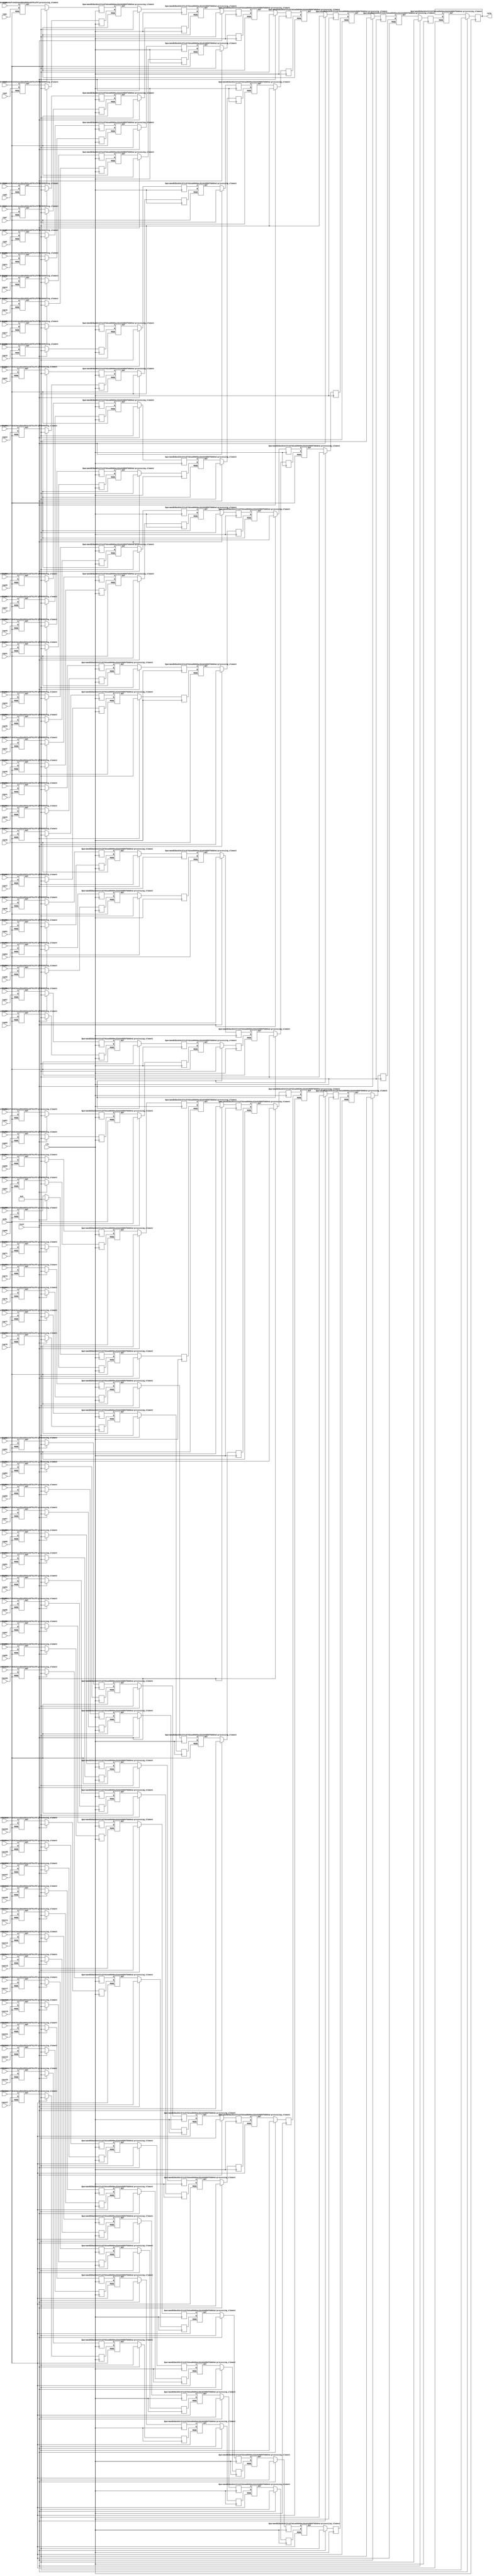
`define DWIDTH 16
`define LOGDWIDTH 4
`define AWIDTH 5
`define MEM_SIZE 2048
`define NUM_INPUTS 128
`define VCS

module reduction_unit(
  clk,
  reset,
  inp0, 
  inp1, 
  inp2, 
  inp3, 
  inp4, 
  inp5, 
  inp6, 
  inp7, 
  inp8, 
  inp9, 
  inp10, 
  inp11, 
  inp12, 
  inp13, 
  inp14, 
  inp15, 
  inp16, 
  inp17, 
  inp18, 
  inp19, 
  inp20, 
  inp21, 
  inp22, 
  inp23, 
  inp24, 
  inp25, 
  inp26, 
  inp27, 
  inp28, 
  inp29, 
  inp30, 
  inp31, 
  inp32, 
  inp33, 
  inp34, 
  inp35, 
  inp36, 
  inp37, 
  inp38, 
  inp39, 
  inp40, 
  inp41, 
  inp42, 
  inp43, 
  inp44, 
  inp45, 
  inp46, 
  inp47, 
  inp48, 
  inp49, 
  inp50, 
  inp51, 
  inp52, 
  inp53, 
  inp54, 
  inp55, 
  inp56, 
  inp57, 
  inp58, 
  inp59, 
  inp60, 
  inp61, 
  inp62, 
  inp63, 
  inp64, 
  inp65, 
  inp66, 
  inp67, 
  inp68, 
  inp69, 
  inp70, 
  inp71, 
  inp72, 
  inp73, 
  inp74, 
  inp75, 
  inp76, 
  inp77, 
  inp78, 
  inp79, 
  inp80, 
  inp81, 
  inp82, 
  inp83, 
  inp84, 
  inp85, 
  inp86, 
  inp87, 
  inp88, 
  inp89, 
  inp90, 
  inp91, 
  inp92, 
  inp93, 
  inp94, 
  inp95, 
  inp96, 
  inp97, 
  inp98, 
  inp99, 
  inp100, 
  inp101, 
  inp102, 
  inp103, 
  inp104, 
  inp105, 
  inp106, 
  inp107, 
  inp108, 
  inp109, 
  inp110, 
  inp111, 
  inp112, 
  inp113, 
  inp114, 
  inp115, 
  inp116, 
  inp117, 
  inp118, 
  inp119, 
  inp120, 
  inp121, 
  inp122, 
  inp123, 
  inp124, 
  inp125, 
  inp126, 
  inp127, 

  mode,
  outp
);

  input clk;
  input reset;
  input  [`DWIDTH-1 : 0] inp0; 
  input  [`DWIDTH-1 : 0] inp1; 
  input  [`DWIDTH-1 : 0] inp2; 
  input  [`DWIDTH-1 : 0] inp3; 
  input  [`DWIDTH-1 : 0] inp4; 
  input  [`DWIDTH-1 : 0] inp5; 
  input  [`DWIDTH-1 : 0] inp6; 
  input  [`DWIDTH-1 : 0] inp7; 
  input  [`DWIDTH-1 : 0] inp8; 
  input  [`DWIDTH-1 : 0] inp9; 
  input  [`DWIDTH-1 : 0] inp10; 
  input  [`DWIDTH-1 : 0] inp11; 
  input  [`DWIDTH-1 : 0] inp12; 
  input  [`DWIDTH-1 : 0] inp13; 
  input  [`DWIDTH-1 : 0] inp14; 
  input  [`DWIDTH-1 : 0] inp15; 
  input  [`DWIDTH-1 : 0] inp16; 
  input  [`DWIDTH-1 : 0] inp17; 
  input  [`DWIDTH-1 : 0] inp18; 
  input  [`DWIDTH-1 : 0] inp19; 
  input  [`DWIDTH-1 : 0] inp20; 
  input  [`DWIDTH-1 : 0] inp21; 
  input  [`DWIDTH-1 : 0] inp22; 
  input  [`DWIDTH-1 : 0] inp23; 
  input  [`DWIDTH-1 : 0] inp24; 
  input  [`DWIDTH-1 : 0] inp25; 
  input  [`DWIDTH-1 : 0] inp26; 
  input  [`DWIDTH-1 : 0] inp27; 
  input  [`DWIDTH-1 : 0] inp28; 
  input  [`DWIDTH-1 : 0] inp29; 
  input  [`DWIDTH-1 : 0] inp30; 
  input  [`DWIDTH-1 : 0] inp31; 
  input  [`DWIDTH-1 : 0] inp32; 
  input  [`DWIDTH-1 : 0] inp33; 
  input  [`DWIDTH-1 : 0] inp34; 
  input  [`DWIDTH-1 : 0] inp35; 
  input  [`DWIDTH-1 : 0] inp36; 
  input  [`DWIDTH-1 : 0] inp37; 
  input  [`DWIDTH-1 : 0] inp38; 
  input  [`DWIDTH-1 : 0] inp39; 
  input  [`DWIDTH-1 : 0] inp40; 
  input  [`DWIDTH-1 : 0] inp41; 
  input  [`DWIDTH-1 : 0] inp42; 
  input  [`DWIDTH-1 : 0] inp43; 
  input  [`DWIDTH-1 : 0] inp44; 
  input  [`DWIDTH-1 : 0] inp45; 
  input  [`DWIDTH-1 : 0] inp46; 
  input  [`DWIDTH-1 : 0] inp47; 
  input  [`DWIDTH-1 : 0] inp48; 
  input  [`DWIDTH-1 : 0] inp49; 
  input  [`DWIDTH-1 : 0] inp50; 
  input  [`DWIDTH-1 : 0] inp51; 
  input  [`DWIDTH-1 : 0] inp52; 
  input  [`DWIDTH-1 : 0] inp53; 
  input  [`DWIDTH-1 : 0] inp54; 
  input  [`DWIDTH-1 : 0] inp55; 
  input  [`DWIDTH-1 : 0] inp56; 
  input  [`DWIDTH-1 : 0] inp57; 
  input  [`DWIDTH-1 : 0] inp58; 
  input  [`DWIDTH-1 : 0] inp59; 
  input  [`DWIDTH-1 : 0] inp60; 
  input  [`DWIDTH-1 : 0] inp61; 
  input  [`DWIDTH-1 : 0] inp62; 
  input  [`DWIDTH-1 : 0] inp63; 
  input  [`DWIDTH-1 : 0] inp64; 
  input  [`DWIDTH-1 : 0] inp65; 
  input  [`DWIDTH-1 : 0] inp66; 
  input  [`DWIDTH-1 : 0] inp67; 
  input  [`DWIDTH-1 : 0] inp68; 
  input  [`DWIDTH-1 : 0] inp69; 
  input  [`DWIDTH-1 : 0] inp70; 
  input  [`DWIDTH-1 : 0] inp71; 
  input  [`DWIDTH-1 : 0] inp72; 
  input  [`DWIDTH-1 : 0] inp73; 
  input  [`DWIDTH-1 : 0] inp74; 
  input  [`DWIDTH-1 : 0] inp75; 
  input  [`DWIDTH-1 : 0] inp76; 
  input  [`DWIDTH-1 : 0] inp77; 
  input  [`DWIDTH-1 : 0] inp78; 
  input  [`DWIDTH-1 : 0] inp79; 
  input  [`DWIDTH-1 : 0] inp80; 
  input  [`DWIDTH-1 : 0] inp81; 
  input  [`DWIDTH-1 : 0] inp82; 
  input  [`DWIDTH-1 : 0] inp83; 
  input  [`DWIDTH-1 : 0] inp84; 
  input  [`DWIDTH-1 : 0] inp85; 
  input  [`DWIDTH-1 : 0] inp86; 
  input  [`DWIDTH-1 : 0] inp87; 
  input  [`DWIDTH-1 : 0] inp88; 
  input  [`DWIDTH-1 : 0] inp89; 
  input  [`DWIDTH-1 : 0] inp90; 
  input  [`DWIDTH-1 : 0] inp91; 
  input  [`DWIDTH-1 : 0] inp92; 
  input  [`DWIDTH-1 : 0] inp93; 
  input  [`DWIDTH-1 : 0] inp94; 
  input  [`DWIDTH-1 : 0] inp95; 
  input  [`DWIDTH-1 : 0] inp96; 
  input  [`DWIDTH-1 : 0] inp97; 
  input  [`DWIDTH-1 : 0] inp98; 
  input  [`DWIDTH-1 : 0] inp99; 
  input  [`DWIDTH-1 : 0] inp100; 
  input  [`DWIDTH-1 : 0] inp101; 
  input  [`DWIDTH-1 : 0] inp102; 
  input  [`DWIDTH-1 : 0] inp103; 
  input  [`DWIDTH-1 : 0] inp104; 
  input  [`DWIDTH-1 : 0] inp105; 
  input  [`DWIDTH-1 : 0] inp106; 
  input  [`DWIDTH-1 : 0] inp107; 
  input  [`DWIDTH-1 : 0] inp108; 
  input  [`DWIDTH-1 : 0] inp109; 
  input  [`DWIDTH-1 : 0] inp110; 
  input  [`DWIDTH-1 : 0] inp111; 
  input  [`DWIDTH-1 : 0] inp112; 
  input  [`DWIDTH-1 : 0] inp113; 
  input  [`DWIDTH-1 : 0] inp114; 
  input  [`DWIDTH-1 : 0] inp115; 
  input  [`DWIDTH-1 : 0] inp116; 
  input  [`DWIDTH-1 : 0] inp117; 
  input  [`DWIDTH-1 : 0] inp118; 
  input  [`DWIDTH-1 : 0] inp119; 
  input  [`DWIDTH-1 : 0] inp120; 
  input  [`DWIDTH-1 : 0] inp121; 
  input  [`DWIDTH-1 : 0] inp122; 
  input  [`DWIDTH-1 : 0] inp123; 
  input  [`DWIDTH-1 : 0] inp124; 
  input  [`DWIDTH-1 : 0] inp125; 
  input  [`DWIDTH-1 : 0] inp126; 
  input  [`DWIDTH-1 : 0] inp127; 
  input [1:0] mode;
  output [`DWIDTH+`LOGDWIDTH-1 : 0] outp;

  wire   [`DWIDTH+`LOGDWIDTH-1 : 0] compute0_out_stage7;
  reg    [`DWIDTH+`LOGDWIDTH-1 : 0] compute0_out_stage7_reg;
  wire   [`DWIDTH+`LOGDWIDTH-1 : 0] compute1_out_stage7;
  reg    [`DWIDTH+`LOGDWIDTH-1 : 0] compute1_out_stage7_reg;
  wire   [`DWIDTH+`LOGDWIDTH-1 : 0] compute2_out_stage7;
  reg    [`DWIDTH+`LOGDWIDTH-1 : 0] compute2_out_stage7_reg;
  wire   [`DWIDTH+`LOGDWIDTH-1 : 0] compute3_out_stage7;
  reg    [`DWIDTH+`LOGDWIDTH-1 : 0] compute3_out_stage7_reg;
  wire   [`DWIDTH+`LOGDWIDTH-1 : 0] compute4_out_stage7;
  reg    [`DWIDTH+`LOGDWIDTH-1 : 0] compute4_out_stage7_reg;
  wire   [`DWIDTH+`LOGDWIDTH-1 : 0] compute5_out_stage7;
  reg    [`DWIDTH+`LOGDWIDTH-1 : 0] compute5_out_stage7_reg;
  wire   [`DWIDTH+`LOGDWIDTH-1 : 0] compute6_out_stage7;
  reg    [`DWIDTH+`LOGDWIDTH-1 : 0] compute6_out_stage7_reg;
  wire   [`DWIDTH+`LOGDWIDTH-1 : 0] compute7_out_stage7;
  reg    [`DWIDTH+`LOGDWIDTH-1 : 0] compute7_out_stage7_reg;
  wire   [`DWIDTH+`LOGDWIDTH-1 : 0] compute8_out_stage7;
  reg    [`DWIDTH+`LOGDWIDTH-1 : 0] compute8_out_stage7_reg;
  wire   [`DWIDTH+`LOGDWIDTH-1 : 0] compute9_out_stage7;
  reg    [`DWIDTH+`LOGDWIDTH-1 : 0] compute9_out_stage7_reg;
  wire   [`DWIDTH+`LOGDWIDTH-1 : 0] compute10_out_stage7;
  reg    [`DWIDTH+`LOGDWIDTH-1 : 0] compute10_out_stage7_reg;
  wire   [`DWIDTH+`LOGDWIDTH-1 : 0] compute11_out_stage7;
  reg    [`DWIDTH+`LOGDWIDTH-1 : 0] compute11_out_stage7_reg;
  wire   [`DWIDTH+`LOGDWIDTH-1 : 0] compute12_out_stage7;
  reg    [`DWIDTH+`LOGDWIDTH-1 : 0] compute12_out_stage7_reg;
  wire   [`DWIDTH+`LOGDWIDTH-1 : 0] compute13_out_stage7;
  reg    [`DWIDTH+`LOGDWIDTH-1 : 0] compute13_out_stage7_reg;
  wire   [`DWIDTH+`LOGDWIDTH-1 : 0] compute14_out_stage7;
  reg    [`DWIDTH+`LOGDWIDTH-1 : 0] compute14_out_stage7_reg;
  wire   [`DWIDTH+`LOGDWIDTH-1 : 0] compute15_out_stage7;
  reg    [`DWIDTH+`LOGDWIDTH-1 : 0] compute15_out_stage7_reg;
  wire   [`DWIDTH+`LOGDWIDTH-1 : 0] compute16_out_stage7;
  reg    [`DWIDTH+`LOGDWIDTH-1 : 0] compute16_out_stage7_reg;
  wire   [`DWIDTH+`LOGDWIDTH-1 : 0] compute17_out_stage7;
  reg    [`DWIDTH+`LOGDWIDTH-1 : 0] compute17_out_stage7_reg;
  wire   [`DWIDTH+`LOGDWIDTH-1 : 0] compute18_out_stage7;
  reg    [`DWIDTH+`LOGDWIDTH-1 : 0] compute18_out_stage7_reg;
  wire   [`DWIDTH+`LOGDWIDTH-1 : 0] compute19_out_stage7;
  reg    [`DWIDTH+`LOGDWIDTH-1 : 0] compute19_out_stage7_reg;
  wire   [`DWIDTH+`LOGDWIDTH-1 : 0] compute20_out_stage7;
  reg    [`DWIDTH+`LOGDWIDTH-1 : 0] compute20_out_stage7_reg;
  wire   [`DWIDTH+`LOGDWIDTH-1 : 0] compute21_out_stage7;
  reg    [`DWIDTH+`LOGDWIDTH-1 : 0] compute21_out_stage7_reg;
  wire   [`DWIDTH+`LOGDWIDTH-1 : 0] compute22_out_stage7;
  reg    [`DWIDTH+`LOGDWIDTH-1 : 0] compute22_out_stage7_reg;
  wire   [`DWIDTH+`LOGDWIDTH-1 : 0] compute23_out_stage7;
  reg    [`DWIDTH+`LOGDWIDTH-1 : 0] compute23_out_stage7_reg;
  wire   [`DWIDTH+`LOGDWIDTH-1 : 0] compute24_out_stage7;
  reg    [`DWIDTH+`LOGDWIDTH-1 : 0] compute24_out_stage7_reg;
  wire   [`DWIDTH+`LOGDWIDTH-1 : 0] compute25_out_stage7;
  reg    [`DWIDTH+`LOGDWIDTH-1 : 0] compute25_out_stage7_reg;
  wire   [`DWIDTH+`LOGDWIDTH-1 : 0] compute26_out_stage7;
  reg    [`DWIDTH+`LOGDWIDTH-1 : 0] compute26_out_stage7_reg;
  wire   [`DWIDTH+`LOGDWIDTH-1 : 0] compute27_out_stage7;
  reg    [`DWIDTH+`LOGDWIDTH-1 : 0] compute27_out_stage7_reg;
  wire   [`DWIDTH+`LOGDWIDTH-1 : 0] compute28_out_stage7;
  reg    [`DWIDTH+`LOGDWIDTH-1 : 0] compute28_out_stage7_reg;
  wire   [`DWIDTH+`LOGDWIDTH-1 : 0] compute29_out_stage7;
  reg    [`DWIDTH+`LOGDWIDTH-1 : 0] compute29_out_stage7_reg;
  wire   [`DWIDTH+`LOGDWIDTH-1 : 0] compute30_out_stage7;
  reg    [`DWIDTH+`LOGDWIDTH-1 : 0] compute30_out_stage7_reg;
  wire   [`DWIDTH+`LOGDWIDTH-1 : 0] compute31_out_stage7;
  reg    [`DWIDTH+`LOGDWIDTH-1 : 0] compute31_out_stage7_reg;
  wire   [`DWIDTH+`LOGDWIDTH-1 : 0] compute32_out_stage7;
  reg    [`DWIDTH+`LOGDWIDTH-1 : 0] compute32_out_stage7_reg;
  wire   [`DWIDTH+`LOGDWIDTH-1 : 0] compute33_out_stage7;
  reg    [`DWIDTH+`LOGDWIDTH-1 : 0] compute33_out_stage7_reg;
  wire   [`DWIDTH+`LOGDWIDTH-1 : 0] compute34_out_stage7;
  reg    [`DWIDTH+`LOGDWIDTH-1 : 0] compute34_out_stage7_reg;
  wire   [`DWIDTH+`LOGDWIDTH-1 : 0] compute35_out_stage7;
  reg    [`DWIDTH+`LOGDWIDTH-1 : 0] compute35_out_stage7_reg;
  wire   [`DWIDTH+`LOGDWIDTH-1 : 0] compute36_out_stage7;
  reg    [`DWIDTH+`LOGDWIDTH-1 : 0] compute36_out_stage7_reg;
  wire   [`DWIDTH+`LOGDWIDTH-1 : 0] compute37_out_stage7;
  reg    [`DWIDTH+`LOGDWIDTH-1 : 0] compute37_out_stage7_reg;
  wire   [`DWIDTH+`LOGDWIDTH-1 : 0] compute38_out_stage7;
  reg    [`DWIDTH+`LOGDWIDTH-1 : 0] compute38_out_stage7_reg;
  wire   [`DWIDTH+`LOGDWIDTH-1 : 0] compute39_out_stage7;
  reg    [`DWIDTH+`LOGDWIDTH-1 : 0] compute39_out_stage7_reg;
  wire   [`DWIDTH+`LOGDWIDTH-1 : 0] compute40_out_stage7;
  reg    [`DWIDTH+`LOGDWIDTH-1 : 0] compute40_out_stage7_reg;
  wire   [`DWIDTH+`LOGDWIDTH-1 : 0] compute41_out_stage7;
  reg    [`DWIDTH+`LOGDWIDTH-1 : 0] compute41_out_stage7_reg;
  wire   [`DWIDTH+`LOGDWIDTH-1 : 0] compute42_out_stage7;
  reg    [`DWIDTH+`LOGDWIDTH-1 : 0] compute42_out_stage7_reg;
  wire   [`DWIDTH+`LOGDWIDTH-1 : 0] compute43_out_stage7;
  reg    [`DWIDTH+`LOGDWIDTH-1 : 0] compute43_out_stage7_reg;
  wire   [`DWIDTH+`LOGDWIDTH-1 : 0] compute44_out_stage7;
  reg    [`DWIDTH+`LOGDWIDTH-1 : 0] compute44_out_stage7_reg;
  wire   [`DWIDTH+`LOGDWIDTH-1 : 0] compute45_out_stage7;
  reg    [`DWIDTH+`LOGDWIDTH-1 : 0] compute45_out_stage7_reg;
  wire   [`DWIDTH+`LOGDWIDTH-1 : 0] compute46_out_stage7;
  reg    [`DWIDTH+`LOGDWIDTH-1 : 0] compute46_out_stage7_reg;
  wire   [`DWIDTH+`LOGDWIDTH-1 : 0] compute47_out_stage7;
  reg    [`DWIDTH+`LOGDWIDTH-1 : 0] compute47_out_stage7_reg;
  wire   [`DWIDTH+`LOGDWIDTH-1 : 0] compute48_out_stage7;
  reg    [`DWIDTH+`LOGDWIDTH-1 : 0] compute48_out_stage7_reg;
  wire   [`DWIDTH+`LOGDWIDTH-1 : 0] compute49_out_stage7;
  reg    [`DWIDTH+`LOGDWIDTH-1 : 0] compute49_out_stage7_reg;
  wire   [`DWIDTH+`LOGDWIDTH-1 : 0] compute50_out_stage7;
  reg    [`DWIDTH+`LOGDWIDTH-1 : 0] compute50_out_stage7_reg;
  wire   [`DWIDTH+`LOGDWIDTH-1 : 0] compute51_out_stage7;
  reg    [`DWIDTH+`LOGDWIDTH-1 : 0] compute51_out_stage7_reg;
  wire   [`DWIDTH+`LOGDWIDTH-1 : 0] compute52_out_stage7;
  reg    [`DWIDTH+`LOGDWIDTH-1 : 0] compute52_out_stage7_reg;
  wire   [`DWIDTH+`LOGDWIDTH-1 : 0] compute53_out_stage7;
  reg    [`DWIDTH+`LOGDWIDTH-1 : 0] compute53_out_stage7_reg;
  wire   [`DWIDTH+`LOGDWIDTH-1 : 0] compute54_out_stage7;
  reg    [`DWIDTH+`LOGDWIDTH-1 : 0] compute54_out_stage7_reg;
  wire   [`DWIDTH+`LOGDWIDTH-1 : 0] compute55_out_stage7;
  reg    [`DWIDTH+`LOGDWIDTH-1 : 0] compute55_out_stage7_reg;
  wire   [`DWIDTH+`LOGDWIDTH-1 : 0] compute56_out_stage7;
  reg    [`DWIDTH+`LOGDWIDTH-1 : 0] compute56_out_stage7_reg;
  wire   [`DWIDTH+`LOGDWIDTH-1 : 0] compute57_out_stage7;
  reg    [`DWIDTH+`LOGDWIDTH-1 : 0] compute57_out_stage7_reg;
  wire   [`DWIDTH+`LOGDWIDTH-1 : 0] compute58_out_stage7;
  reg    [`DWIDTH+`LOGDWIDTH-1 : 0] compute58_out_stage7_reg;
  wire   [`DWIDTH+`LOGDWIDTH-1 : 0] compute59_out_stage7;
  reg    [`DWIDTH+`LOGDWIDTH-1 : 0] compute59_out_stage7_reg;
  wire   [`DWIDTH+`LOGDWIDTH-1 : 0] compute60_out_stage7;
  reg    [`DWIDTH+`LOGDWIDTH-1 : 0] compute60_out_stage7_reg;
  wire   [`DWIDTH+`LOGDWIDTH-1 : 0] compute61_out_stage7;
  reg    [`DWIDTH+`LOGDWIDTH-1 : 0] compute61_out_stage7_reg;
  wire   [`DWIDTH+`LOGDWIDTH-1 : 0] compute62_out_stage7;
  reg    [`DWIDTH+`LOGDWIDTH-1 : 0] compute62_out_stage7_reg;
  wire   [`DWIDTH+`LOGDWIDTH-1 : 0] compute63_out_stage7;
  reg    [`DWIDTH+`LOGDWIDTH-1 : 0] compute63_out_stage7_reg;

  wire   [`DWIDTH+`LOGDWIDTH-1 : 0] compute0_out_stage6;
  reg    [`DWIDTH+`LOGDWIDTH-1 : 0] compute0_out_stage6_reg;
  wire   [`DWIDTH+`LOGDWIDTH-1 : 0] compute1_out_stage6;
  reg    [`DWIDTH+`LOGDWIDTH-1 : 0] compute1_out_stage6_reg;
  wire   [`DWIDTH+`LOGDWIDTH-1 : 0] compute2_out_stage6;
  reg    [`DWIDTH+`LOGDWIDTH-1 : 0] compute2_out_stage6_reg;
  wire   [`DWIDTH+`LOGDWIDTH-1 : 0] compute3_out_stage6;
  reg    [`DWIDTH+`LOGDWIDTH-1 : 0] compute3_out_stage6_reg;
  wire   [`DWIDTH+`LOGDWIDTH-1 : 0] compute4_out_stage6;
  reg    [`DWIDTH+`LOGDWIDTH-1 : 0] compute4_out_stage6_reg;
  wire   [`DWIDTH+`LOGDWIDTH-1 : 0] compute5_out_stage6;
  reg    [`DWIDTH+`LOGDWIDTH-1 : 0] compute5_out_stage6_reg;
  wire   [`DWIDTH+`LOGDWIDTH-1 : 0] compute6_out_stage6;
  reg    [`DWIDTH+`LOGDWIDTH-1 : 0] compute6_out_stage6_reg;
  wire   [`DWIDTH+`LOGDWIDTH-1 : 0] compute7_out_stage6;
  reg    [`DWIDTH+`LOGDWIDTH-1 : 0] compute7_out_stage6_reg;
  wire   [`DWIDTH+`LOGDWIDTH-1 : 0] compute8_out_stage6;
  reg    [`DWIDTH+`LOGDWIDTH-1 : 0] compute8_out_stage6_reg;
  wire   [`DWIDTH+`LOGDWIDTH-1 : 0] compute9_out_stage6;
  reg    [`DWIDTH+`LOGDWIDTH-1 : 0] compute9_out_stage6_reg;
  wire   [`DWIDTH+`LOGDWIDTH-1 : 0] compute10_out_stage6;
  reg    [`DWIDTH+`LOGDWIDTH-1 : 0] compute10_out_stage6_reg;
  wire   [`DWIDTH+`LOGDWIDTH-1 : 0] compute11_out_stage6;
  reg    [`DWIDTH+`LOGDWIDTH-1 : 0] compute11_out_stage6_reg;
  wire   [`DWIDTH+`LOGDWIDTH-1 : 0] compute12_out_stage6;
  reg    [`DWIDTH+`LOGDWIDTH-1 : 0] compute12_out_stage6_reg;
  wire   [`DWIDTH+`LOGDWIDTH-1 : 0] compute13_out_stage6;
  reg    [`DWIDTH+`LOGDWIDTH-1 : 0] compute13_out_stage6_reg;
  wire   [`DWIDTH+`LOGDWIDTH-1 : 0] compute14_out_stage6;
  reg    [`DWIDTH+`LOGDWIDTH-1 : 0] compute14_out_stage6_reg;
  wire   [`DWIDTH+`LOGDWIDTH-1 : 0] compute15_out_stage6;
  reg    [`DWIDTH+`LOGDWIDTH-1 : 0] compute15_out_stage6_reg;
  wire   [`DWIDTH+`LOGDWIDTH-1 : 0] compute16_out_stage6;
  reg    [`DWIDTH+`LOGDWIDTH-1 : 0] compute16_out_stage6_reg;
  wire   [`DWIDTH+`LOGDWIDTH-1 : 0] compute17_out_stage6;
  reg    [`DWIDTH+`LOGDWIDTH-1 : 0] compute17_out_stage6_reg;
  wire   [`DWIDTH+`LOGDWIDTH-1 : 0] compute18_out_stage6;
  reg    [`DWIDTH+`LOGDWIDTH-1 : 0] compute18_out_stage6_reg;
  wire   [`DWIDTH+`LOGDWIDTH-1 : 0] compute19_out_stage6;
  reg    [`DWIDTH+`LOGDWIDTH-1 : 0] compute19_out_stage6_reg;
  wire   [`DWIDTH+`LOGDWIDTH-1 : 0] compute20_out_stage6;
  reg    [`DWIDTH+`LOGDWIDTH-1 : 0] compute20_out_stage6_reg;
  wire   [`DWIDTH+`LOGDWIDTH-1 : 0] compute21_out_stage6;
  reg    [`DWIDTH+`LOGDWIDTH-1 : 0] compute21_out_stage6_reg;
  wire   [`DWIDTH+`LOGDWIDTH-1 : 0] compute22_out_stage6;
  reg    [`DWIDTH+`LOGDWIDTH-1 : 0] compute22_out_stage6_reg;
  wire   [`DWIDTH+`LOGDWIDTH-1 : 0] compute23_out_stage6;
  reg    [`DWIDTH+`LOGDWIDTH-1 : 0] compute23_out_stage6_reg;
  wire   [`DWIDTH+`LOGDWIDTH-1 : 0] compute24_out_stage6;
  reg    [`DWIDTH+`LOGDWIDTH-1 : 0] compute24_out_stage6_reg;
  wire   [`DWIDTH+`LOGDWIDTH-1 : 0] compute25_out_stage6;
  reg    [`DWIDTH+`LOGDWIDTH-1 : 0] compute25_out_stage6_reg;
  wire   [`DWIDTH+`LOGDWIDTH-1 : 0] compute26_out_stage6;
  reg    [`DWIDTH+`LOGDWIDTH-1 : 0] compute26_out_stage6_reg;
  wire   [`DWIDTH+`LOGDWIDTH-1 : 0] compute27_out_stage6;
  reg    [`DWIDTH+`LOGDWIDTH-1 : 0] compute27_out_stage6_reg;
  wire   [`DWIDTH+`LOGDWIDTH-1 : 0] compute28_out_stage6;
  reg    [`DWIDTH+`LOGDWIDTH-1 : 0] compute28_out_stage6_reg;
  wire   [`DWIDTH+`LOGDWIDTH-1 : 0] compute29_out_stage6;
  reg    [`DWIDTH+`LOGDWIDTH-1 : 0] compute29_out_stage6_reg;
  wire   [`DWIDTH+`LOGDWIDTH-1 : 0] compute30_out_stage6;
  reg    [`DWIDTH+`LOGDWIDTH-1 : 0] compute30_out_stage6_reg;
  wire   [`DWIDTH+`LOGDWIDTH-1 : 0] compute31_out_stage6;
  reg    [`DWIDTH+`LOGDWIDTH-1 : 0] compute31_out_stage6_reg;

  wire   [`DWIDTH+`LOGDWIDTH-1 : 0] compute0_out_stage5;
  reg    [`DWIDTH+`LOGDWIDTH-1 : 0] compute0_out_stage5_reg;
  wire   [`DWIDTH+`LOGDWIDTH-1 : 0] compute1_out_stage5;
  reg    [`DWIDTH+`LOGDWIDTH-1 : 0] compute1_out_stage5_reg;
  wire   [`DWIDTH+`LOGDWIDTH-1 : 0] compute2_out_stage5;
  reg    [`DWIDTH+`LOGDWIDTH-1 : 0] compute2_out_stage5_reg;
  wire   [`DWIDTH+`LOGDWIDTH-1 : 0] compute3_out_stage5;
  reg    [`DWIDTH+`LOGDWIDTH-1 : 0] compute3_out_stage5_reg;
  wire   [`DWIDTH+`LOGDWIDTH-1 : 0] compute4_out_stage5;
  reg    [`DWIDTH+`LOGDWIDTH-1 : 0] compute4_out_stage5_reg;
  wire   [`DWIDTH+`LOGDWIDTH-1 : 0] compute5_out_stage5;
  reg    [`DWIDTH+`LOGDWIDTH-1 : 0] compute5_out_stage5_reg;
  wire   [`DWIDTH+`LOGDWIDTH-1 : 0] compute6_out_stage5;
  reg    [`DWIDTH+`LOGDWIDTH-1 : 0] compute6_out_stage5_reg;
  wire   [`DWIDTH+`LOGDWIDTH-1 : 0] compute7_out_stage5;
  reg    [`DWIDTH+`LOGDWIDTH-1 : 0] compute7_out_stage5_reg;
  wire   [`DWIDTH+`LOGDWIDTH-1 : 0] compute8_out_stage5;
  reg    [`DWIDTH+`LOGDWIDTH-1 : 0] compute8_out_stage5_reg;
  wire   [`DWIDTH+`LOGDWIDTH-1 : 0] compute9_out_stage5;
  reg    [`DWIDTH+`LOGDWIDTH-1 : 0] compute9_out_stage5_reg;
  wire   [`DWIDTH+`LOGDWIDTH-1 : 0] compute10_out_stage5;
  reg    [`DWIDTH+`LOGDWIDTH-1 : 0] compute10_out_stage5_reg;
  wire   [`DWIDTH+`LOGDWIDTH-1 : 0] compute11_out_stage5;
  reg    [`DWIDTH+`LOGDWIDTH-1 : 0] compute11_out_stage5_reg;
  wire   [`DWIDTH+`LOGDWIDTH-1 : 0] compute12_out_stage5;
  reg    [`DWIDTH+`LOGDWIDTH-1 : 0] compute12_out_stage5_reg;
  wire   [`DWIDTH+`LOGDWIDTH-1 : 0] compute13_out_stage5;
  reg    [`DWIDTH+`LOGDWIDTH-1 : 0] compute13_out_stage5_reg;
  wire   [`DWIDTH+`LOGDWIDTH-1 : 0] compute14_out_stage5;
  reg    [`DWIDTH+`LOGDWIDTH-1 : 0] compute14_out_stage5_reg;
  wire   [`DWIDTH+`LOGDWIDTH-1 : 0] compute15_out_stage5;
  reg    [`DWIDTH+`LOGDWIDTH-1 : 0] compute15_out_stage5_reg;

  wire   [`DWIDTH+`LOGDWIDTH-1 : 0] compute0_out_stage4;
  reg    [`DWIDTH+`LOGDWIDTH-1 : 0] compute0_out_stage4_reg;
  wire   [`DWIDTH+`LOGDWIDTH-1 : 0] compute1_out_stage4;
  reg    [`DWIDTH+`LOGDWIDTH-1 : 0] compute1_out_stage4_reg;
  wire   [`DWIDTH+`LOGDWIDTH-1 : 0] compute2_out_stage4;
  reg    [`DWIDTH+`LOGDWIDTH-1 : 0] compute2_out_stage4_reg;
  wire   [`DWIDTH+`LOGDWIDTH-1 : 0] compute3_out_stage4;
  reg    [`DWIDTH+`LOGDWIDTH-1 : 0] compute3_out_stage4_reg;
  wire   [`DWIDTH+`LOGDWIDTH-1 : 0] compute4_out_stage4;
  reg    [`DWIDTH+`LOGDWIDTH-1 : 0] compute4_out_stage4_reg;
  wire   [`DWIDTH+`LOGDWIDTH-1 : 0] compute5_out_stage4;
  reg    [`DWIDTH+`LOGDWIDTH-1 : 0] compute5_out_stage4_reg;
  wire   [`DWIDTH+`LOGDWIDTH-1 : 0] compute6_out_stage4;
  reg    [`DWIDTH+`LOGDWIDTH-1 : 0] compute6_out_stage4_reg;
  wire   [`DWIDTH+`LOGDWIDTH-1 : 0] compute7_out_stage4;
  reg    [`DWIDTH+`LOGDWIDTH-1 : 0] compute7_out_stage4_reg;

  wire   [`DWIDTH+`LOGDWIDTH-1 : 0] compute0_out_stage3;
  reg    [`DWIDTH+`LOGDWIDTH-1 : 0] compute0_out_stage3_reg;
  wire   [`DWIDTH+`LOGDWIDTH-1 : 0] compute1_out_stage3;
  reg    [`DWIDTH+`LOGDWIDTH-1 : 0] compute1_out_stage3_reg;
  wire   [`DWIDTH+`LOGDWIDTH-1 : 0] compute2_out_stage3;
  reg    [`DWIDTH+`LOGDWIDTH-1 : 0] compute2_out_stage3_reg;
  wire   [`DWIDTH+`LOGDWIDTH-1 : 0] compute3_out_stage3;
  reg    [`DWIDTH+`LOGDWIDTH-1 : 0] compute3_out_stage3_reg;

  wire   [`DWIDTH+`LOGDWIDTH-1 : 0] compute0_out_stage2;
  reg    [`DWIDTH+`LOGDWIDTH-1 : 0] compute0_out_stage2_reg;
  wire   [`DWIDTH+`LOGDWIDTH-1 : 0] compute1_out_stage2;
  reg    [`DWIDTH+`LOGDWIDTH-1 : 0] compute1_out_stage2_reg;

  wire   [`DWIDTH+`LOGDWIDTH-1 : 0] compute0_out_stage1;
  reg    [`DWIDTH+`LOGDWIDTH-1 : 0] compute0_out_stage1_reg;

  wire   [`DWIDTH+`LOGDWIDTH-1 : 0] compute0_out_stage0;
  reg    [`DWIDTH+`LOGDWIDTH-1 : 0] outp;

  always @(posedge clk) begin
    if (reset) begin
      outp <= 0;
      compute0_out_stage7_reg <= 0;
      compute1_out_stage7_reg <= 0;
      compute2_out_stage7_reg <= 0;
      compute3_out_stage7_reg <= 0;
      compute4_out_stage7_reg <= 0;
      compute5_out_stage7_reg <= 0;
      compute6_out_stage7_reg <= 0;
      compute7_out_stage7_reg <= 0;
      compute8_out_stage7_reg <= 0;
      compute9_out_stage7_reg <= 0;
      compute10_out_stage7_reg <= 0;
      compute11_out_stage7_reg <= 0;
      compute12_out_stage7_reg <= 0;
      compute13_out_stage7_reg <= 0;
      compute14_out_stage7_reg <= 0;
      compute15_out_stage7_reg <= 0;
      compute16_out_stage7_reg <= 0;
      compute17_out_stage7_reg <= 0;
      compute18_out_stage7_reg <= 0;
      compute19_out_stage7_reg <= 0;
      compute20_out_stage7_reg <= 0;
      compute21_out_stage7_reg <= 0;
      compute22_out_stage7_reg <= 0;
      compute23_out_stage7_reg <= 0;
      compute24_out_stage7_reg <= 0;
      compute25_out_stage7_reg <= 0;
      compute26_out_stage7_reg <= 0;
      compute27_out_stage7_reg <= 0;
      compute28_out_stage7_reg <= 0;
      compute29_out_stage7_reg <= 0;
      compute30_out_stage7_reg <= 0;
      compute31_out_stage7_reg <= 0;
      compute32_out_stage7_reg <= 0;
      compute33_out_stage7_reg <= 0;
      compute34_out_stage7_reg <= 0;
      compute35_out_stage7_reg <= 0;
      compute36_out_stage7_reg <= 0;
      compute37_out_stage7_reg <= 0;
      compute38_out_stage7_reg <= 0;
      compute39_out_stage7_reg <= 0;
      compute40_out_stage7_reg <= 0;
      compute41_out_stage7_reg <= 0;
      compute42_out_stage7_reg <= 0;
      compute43_out_stage7_reg <= 0;
      compute44_out_stage7_reg <= 0;
      compute45_out_stage7_reg <= 0;
      compute46_out_stage7_reg <= 0;
      compute47_out_stage7_reg <= 0;
      compute48_out_stage7_reg <= 0;
      compute49_out_stage7_reg <= 0;
      compute50_out_stage7_reg <= 0;
      compute51_out_stage7_reg <= 0;
      compute52_out_stage7_reg <= 0;
      compute53_out_stage7_reg <= 0;
      compute54_out_stage7_reg <= 0;
      compute55_out_stage7_reg <= 0;
      compute56_out_stage7_reg <= 0;
      compute57_out_stage7_reg <= 0;
      compute58_out_stage7_reg <= 0;
      compute59_out_stage7_reg <= 0;
      compute60_out_stage7_reg <= 0;
      compute61_out_stage7_reg <= 0;
      compute62_out_stage7_reg <= 0;
      compute63_out_stage7_reg <= 0;
      compute0_out_stage6_reg <= 0;
      compute1_out_stage6_reg <= 0;
      compute2_out_stage6_reg <= 0;
      compute3_out_stage6_reg <= 0;
      compute4_out_stage6_reg <= 0;
      compute5_out_stage6_reg <= 0;
      compute6_out_stage6_reg <= 0;
      compute7_out_stage6_reg <= 0;
      compute8_out_stage6_reg <= 0;
      compute9_out_stage6_reg <= 0;
      compute10_out_stage6_reg <= 0;
      compute11_out_stage6_reg <= 0;
      compute12_out_stage6_reg <= 0;
      compute13_out_stage6_reg <= 0;
      compute14_out_stage6_reg <= 0;
      compute15_out_stage6_reg <= 0;
      compute16_out_stage6_reg <= 0;
      compute17_out_stage6_reg <= 0;
      compute18_out_stage6_reg <= 0;
      compute19_out_stage6_reg <= 0;
      compute20_out_stage6_reg <= 0;
      compute21_out_stage6_reg <= 0;
      compute22_out_stage6_reg <= 0;
      compute23_out_stage6_reg <= 0;
      compute24_out_stage6_reg <= 0;
      compute25_out_stage6_reg <= 0;
      compute26_out_stage6_reg <= 0;
      compute27_out_stage6_reg <= 0;
      compute28_out_stage6_reg <= 0;
      compute29_out_stage6_reg <= 0;
      compute30_out_stage6_reg <= 0;
      compute31_out_stage6_reg <= 0;
      compute0_out_stage5_reg <= 0;
      compute1_out_stage5_reg <= 0;
      compute2_out_stage5_reg <= 0;
      compute3_out_stage5_reg <= 0;
      compute4_out_stage5_reg <= 0;
      compute5_out_stage5_reg <= 0;
      compute6_out_stage5_reg <= 0;
      compute7_out_stage5_reg <= 0;
      compute8_out_stage5_reg <= 0;
      compute9_out_stage5_reg <= 0;
      compute10_out_stage5_reg <= 0;
      compute11_out_stage5_reg <= 0;
      compute12_out_stage5_reg <= 0;
      compute13_out_stage5_reg <= 0;
      compute14_out_stage5_reg <= 0;
      compute15_out_stage5_reg <= 0;
      compute0_out_stage4_reg <= 0;
      compute1_out_stage4_reg <= 0;
      compute2_out_stage4_reg <= 0;
      compute3_out_stage4_reg <= 0;
      compute4_out_stage4_reg <= 0;
      compute5_out_stage4_reg <= 0;
      compute6_out_stage4_reg <= 0;
      compute7_out_stage4_reg <= 0;
      compute0_out_stage3_reg <= 0;
      compute1_out_stage3_reg <= 0;
      compute2_out_stage3_reg <= 0;
      compute3_out_stage3_reg <= 0;
      compute0_out_stage2_reg <= 0;
      compute1_out_stage2_reg <= 0;
      compute0_out_stage1_reg <= 0;
    end

    else begin
      compute0_out_stage7_reg <= compute0_out_stage7;
      compute1_out_stage7_reg <= compute1_out_stage7;
      compute2_out_stage7_reg <= compute2_out_stage7;
      compute3_out_stage7_reg <= compute3_out_stage7;
      compute4_out_stage7_reg <= compute4_out_stage7;
      compute5_out_stage7_reg <= compute5_out_stage7;
      compute6_out_stage7_reg <= compute6_out_stage7;
      compute7_out_stage7_reg <= compute7_out_stage7;
      compute8_out_stage7_reg <= compute8_out_stage7;
      compute9_out_stage7_reg <= compute9_out_stage7;
      compute10_out_stage7_reg <= compute10_out_stage7;
      compute11_out_stage7_reg <= compute11_out_stage7;
      compute12_out_stage7_reg <= compute12_out_stage7;
      compute13_out_stage7_reg <= compute13_out_stage7;
      compute14_out_stage7_reg <= compute14_out_stage7;
      compute15_out_stage7_reg <= compute15_out_stage7;
      compute16_out_stage7_reg <= compute16_out_stage7;
      compute17_out_stage7_reg <= compute17_out_stage7;
      compute18_out_stage7_reg <= compute18_out_stage7;
      compute19_out_stage7_reg <= compute19_out_stage7;
      compute20_out_stage7_reg <= compute20_out_stage7;
      compute21_out_stage7_reg <= compute21_out_stage7;
      compute22_out_stage7_reg <= compute22_out_stage7;
      compute23_out_stage7_reg <= compute23_out_stage7;
      compute24_out_stage7_reg <= compute24_out_stage7;
      compute25_out_stage7_reg <= compute25_out_stage7;
      compute26_out_stage7_reg <= compute26_out_stage7;
      compute27_out_stage7_reg <= compute27_out_stage7;
      compute28_out_stage7_reg <= compute28_out_stage7;
      compute29_out_stage7_reg <= compute29_out_stage7;
      compute30_out_stage7_reg <= compute30_out_stage7;
      compute31_out_stage7_reg <= compute31_out_stage7;
      compute32_out_stage7_reg <= compute32_out_stage7;
      compute33_out_stage7_reg <= compute33_out_stage7;
      compute34_out_stage7_reg <= compute34_out_stage7;
      compute35_out_stage7_reg <= compute35_out_stage7;
      compute36_out_stage7_reg <= compute36_out_stage7;
      compute37_out_stage7_reg <= compute37_out_stage7;
      compute38_out_stage7_reg <= compute38_out_stage7;
      compute39_out_stage7_reg <= compute39_out_stage7;
      compute40_out_stage7_reg <= compute40_out_stage7;
      compute41_out_stage7_reg <= compute41_out_stage7;
      compute42_out_stage7_reg <= compute42_out_stage7;
      compute43_out_stage7_reg <= compute43_out_stage7;
      compute44_out_stage7_reg <= compute44_out_stage7;
      compute45_out_stage7_reg <= compute45_out_stage7;
      compute46_out_stage7_reg <= compute46_out_stage7;
      compute47_out_stage7_reg <= compute47_out_stage7;
      compute48_out_stage7_reg <= compute48_out_stage7;
      compute49_out_stage7_reg <= compute49_out_stage7;
      compute50_out_stage7_reg <= compute50_out_stage7;
      compute51_out_stage7_reg <= compute51_out_stage7;
      compute52_out_stage7_reg <= compute52_out_stage7;
      compute53_out_stage7_reg <= compute53_out_stage7;
      compute54_out_stage7_reg <= compute54_out_stage7;
      compute55_out_stage7_reg <= compute55_out_stage7;
      compute56_out_stage7_reg <= compute56_out_stage7;
      compute57_out_stage7_reg <= compute57_out_stage7;
      compute58_out_stage7_reg <= compute58_out_stage7;
      compute59_out_stage7_reg <= compute59_out_stage7;
      compute60_out_stage7_reg <= compute60_out_stage7;
      compute61_out_stage7_reg <= compute61_out_stage7;
      compute62_out_stage7_reg <= compute62_out_stage7;
      compute63_out_stage7_reg <= compute63_out_stage7;

      compute0_out_stage6_reg <= compute0_out_stage6;
      compute1_out_stage6_reg <= compute1_out_stage6;
      compute2_out_stage6_reg <= compute2_out_stage6;
      compute3_out_stage6_reg <= compute3_out_stage6;
      compute4_out_stage6_reg <= compute4_out_stage6;
      compute5_out_stage6_reg <= compute5_out_stage6;
      compute6_out_stage6_reg <= compute6_out_stage6;
      compute7_out_stage6_reg <= compute7_out_stage6;
      compute8_out_stage6_reg <= compute8_out_stage6;
      compute9_out_stage6_reg <= compute9_out_stage6;
      compute10_out_stage6_reg <= compute10_out_stage6;
      compute11_out_stage6_reg <= compute11_out_stage6;
      compute12_out_stage6_reg <= compute12_out_stage6;
      compute13_out_stage6_reg <= compute13_out_stage6;
      compute14_out_stage6_reg <= compute14_out_stage6;
      compute15_out_stage6_reg <= compute15_out_stage6;
      compute16_out_stage6_reg <= compute16_out_stage6;
      compute17_out_stage6_reg <= compute17_out_stage6;
      compute18_out_stage6_reg <= compute18_out_stage6;
      compute19_out_stage6_reg <= compute19_out_stage6;
      compute20_out_stage6_reg <= compute20_out_stage6;
      compute21_out_stage6_reg <= compute21_out_stage6;
      compute22_out_stage6_reg <= compute22_out_stage6;
      compute23_out_stage6_reg <= compute23_out_stage6;
      compute24_out_stage6_reg <= compute24_out_stage6;
      compute25_out_stage6_reg <= compute25_out_stage6;
      compute26_out_stage6_reg <= compute26_out_stage6;
      compute27_out_stage6_reg <= compute27_out_stage6;
      compute28_out_stage6_reg <= compute28_out_stage6;
      compute29_out_stage6_reg <= compute29_out_stage6;
      compute30_out_stage6_reg <= compute30_out_stage6;
      compute31_out_stage6_reg <= compute31_out_stage6;

      compute0_out_stage5_reg <= compute0_out_stage5;
      compute1_out_stage5_reg <= compute1_out_stage5;
      compute2_out_stage5_reg <= compute2_out_stage5;
      compute3_out_stage5_reg <= compute3_out_stage5;
      compute4_out_stage5_reg <= compute4_out_stage5;
      compute5_out_stage5_reg <= compute5_out_stage5;
      compute6_out_stage5_reg <= compute6_out_stage5;
      compute7_out_stage5_reg <= compute7_out_stage5;
      compute8_out_stage5_reg <= compute8_out_stage5;
      compute9_out_stage5_reg <= compute9_out_stage5;
      compute10_out_stage5_reg <= compute10_out_stage5;
      compute11_out_stage5_reg <= compute11_out_stage5;
      compute12_out_stage5_reg <= compute12_out_stage5;
      compute13_out_stage5_reg <= compute13_out_stage5;
      compute14_out_stage5_reg <= compute14_out_stage5;
      compute15_out_stage5_reg <= compute15_out_stage5;

      compute0_out_stage4_reg <= compute0_out_stage4;
      compute1_out_stage4_reg <= compute1_out_stage4;
      compute2_out_stage4_reg <= compute2_out_stage4;
      compute3_out_stage4_reg <= compute3_out_stage4;
      compute4_out_stage4_reg <= compute4_out_stage4;
      compute5_out_stage4_reg <= compute5_out_stage4;
      compute6_out_stage4_reg <= compute6_out_stage4;
      compute7_out_stage4_reg <= compute7_out_stage4;

      compute0_out_stage3_reg <= compute0_out_stage3;
      compute1_out_stage3_reg <= compute1_out_stage3;
      compute2_out_stage3_reg <= compute2_out_stage3;
      compute3_out_stage3_reg <= compute3_out_stage3;

      compute0_out_stage2_reg <= compute0_out_stage2;
      compute1_out_stage2_reg <= compute1_out_stage2;

      compute0_out_stage1_reg <= compute0_out_stage1;

      outp <= compute0_out_stage0;

    end
  end

  processing_element #(`DWIDTH,`DWIDTH+`LOGDWIDTH) compute0_stage7(.A(inp0),       .B(inp1),    .OUT(compute0_out_stage7), .MODE(mode));
  processing_element #(`DWIDTH,`DWIDTH+`LOGDWIDTH) compute1_stage7(.A(inp2),       .B(inp3),    .OUT(compute1_out_stage7), .MODE(mode));
  processing_element #(`DWIDTH,`DWIDTH+`LOGDWIDTH) compute2_stage7(.A(inp4),       .B(inp5),    .OUT(compute2_out_stage7), .MODE(mode));
  processing_element #(`DWIDTH,`DWIDTH+`LOGDWIDTH) compute3_stage7(.A(inp6),       .B(inp7),    .OUT(compute3_out_stage7), .MODE(mode));
  processing_element #(`DWIDTH,`DWIDTH+`LOGDWIDTH) compute4_stage7(.A(inp8),       .B(inp9),    .OUT(compute4_out_stage7), .MODE(mode));
  processing_element #(`DWIDTH,`DWIDTH+`LOGDWIDTH) compute5_stage7(.A(inp10),       .B(inp11),    .OUT(compute5_out_stage7), .MODE(mode));
  processing_element #(`DWIDTH,`DWIDTH+`LOGDWIDTH) compute6_stage7(.A(inp12),       .B(inp13),    .OUT(compute6_out_stage7), .MODE(mode));
  processing_element #(`DWIDTH,`DWIDTH+`LOGDWIDTH) compute7_stage7(.A(inp14),       .B(inp15),    .OUT(compute7_out_stage7), .MODE(mode));
  processing_element #(`DWIDTH,`DWIDTH+`LOGDWIDTH) compute8_stage7(.A(inp16),       .B(inp17),    .OUT(compute8_out_stage7), .MODE(mode));
  processing_element #(`DWIDTH,`DWIDTH+`LOGDWIDTH) compute9_stage7(.A(inp18),       .B(inp19),    .OUT(compute9_out_stage7), .MODE(mode));
  processing_element #(`DWIDTH,`DWIDTH+`LOGDWIDTH) compute10_stage7(.A(inp20),       .B(inp21),    .OUT(compute10_out_stage7), .MODE(mode));
  processing_element #(`DWIDTH,`DWIDTH+`LOGDWIDTH) compute11_stage7(.A(inp22),       .B(inp23),    .OUT(compute11_out_stage7), .MODE(mode));
  processing_element #(`DWIDTH,`DWIDTH+`LOGDWIDTH) compute12_stage7(.A(inp24),       .B(inp25),    .OUT(compute12_out_stage7), .MODE(mode));
  processing_element #(`DWIDTH,`DWIDTH+`LOGDWIDTH) compute13_stage7(.A(inp26),       .B(inp27),    .OUT(compute13_out_stage7), .MODE(mode));
  processing_element #(`DWIDTH,`DWIDTH+`LOGDWIDTH) compute14_stage7(.A(inp28),       .B(inp29),    .OUT(compute14_out_stage7), .MODE(mode));
  processing_element #(`DWIDTH,`DWIDTH+`LOGDWIDTH) compute15_stage7(.A(inp30),       .B(inp31),    .OUT(compute15_out_stage7), .MODE(mode));
  processing_element #(`DWIDTH,`DWIDTH+`LOGDWIDTH) compute16_stage7(.A(inp32),       .B(inp33),    .OUT(compute16_out_stage7), .MODE(mode));
  processing_element #(`DWIDTH,`DWIDTH+`LOGDWIDTH) compute17_stage7(.A(inp34),       .B(inp35),    .OUT(compute17_out_stage7), .MODE(mode));
  processing_element #(`DWIDTH,`DWIDTH+`LOGDWIDTH) compute18_stage7(.A(inp36),       .B(inp37),    .OUT(compute18_out_stage7), .MODE(mode));
  processing_element #(`DWIDTH,`DWIDTH+`LOGDWIDTH) compute19_stage7(.A(inp38),       .B(inp39),    .OUT(compute19_out_stage7), .MODE(mode));
  processing_element #(`DWIDTH,`DWIDTH+`LOGDWIDTH) compute20_stage7(.A(inp40),       .B(inp41),    .OUT(compute20_out_stage7), .MODE(mode));
  processing_element #(`DWIDTH,`DWIDTH+`LOGDWIDTH) compute21_stage7(.A(inp42),       .B(inp43),    .OUT(compute21_out_stage7), .MODE(mode));
  processing_element #(`DWIDTH,`DWIDTH+`LOGDWIDTH) compute22_stage7(.A(inp44),       .B(inp45),    .OUT(compute22_out_stage7), .MODE(mode));
  processing_element #(`DWIDTH,`DWIDTH+`LOGDWIDTH) compute23_stage7(.A(inp46),       .B(inp47),    .OUT(compute23_out_stage7), .MODE(mode));
  processing_element #(`DWIDTH,`DWIDTH+`LOGDWIDTH) compute24_stage7(.A(inp48),       .B(inp49),    .OUT(compute24_out_stage7), .MODE(mode));
  processing_element #(`DWIDTH,`DWIDTH+`LOGDWIDTH) compute25_stage7(.A(inp50),       .B(inp51),    .OUT(compute25_out_stage7), .MODE(mode));
  processing_element #(`DWIDTH,`DWIDTH+`LOGDWIDTH) compute26_stage7(.A(inp52),       .B(inp53),    .OUT(compute26_out_stage7), .MODE(mode));
  processing_element #(`DWIDTH,`DWIDTH+`LOGDWIDTH) compute27_stage7(.A(inp54),       .B(inp55),    .OUT(compute27_out_stage7), .MODE(mode));
  processing_element #(`DWIDTH,`DWIDTH+`LOGDWIDTH) compute28_stage7(.A(inp56),       .B(inp57),    .OUT(compute28_out_stage7), .MODE(mode));
  processing_element #(`DWIDTH,`DWIDTH+`LOGDWIDTH) compute29_stage7(.A(inp58),       .B(inp59),    .OUT(compute29_out_stage7), .MODE(mode));
  processing_element #(`DWIDTH,`DWIDTH+`LOGDWIDTH) compute30_stage7(.A(inp60),       .B(inp61),    .OUT(compute30_out_stage7), .MODE(mode));
  processing_element #(`DWIDTH,`DWIDTH+`LOGDWIDTH) compute31_stage7(.A(inp62),       .B(inp63),    .OUT(compute31_out_stage7), .MODE(mode));
  processing_element #(`DWIDTH,`DWIDTH+`LOGDWIDTH) compute32_stage7(.A(inp64),       .B(inp65),    .OUT(compute32_out_stage7), .MODE(mode));
  processing_element #(`DWIDTH,`DWIDTH+`LOGDWIDTH) compute33_stage7(.A(inp66),       .B(inp67),    .OUT(compute33_out_stage7), .MODE(mode));
  processing_element #(`DWIDTH,`DWIDTH+`LOGDWIDTH) compute34_stage7(.A(inp68),       .B(inp69),    .OUT(compute34_out_stage7), .MODE(mode));
  processing_element #(`DWIDTH,`DWIDTH+`LOGDWIDTH) compute35_stage7(.A(inp70),       .B(inp71),    .OUT(compute35_out_stage7), .MODE(mode));
  processing_element #(`DWIDTH,`DWIDTH+`LOGDWIDTH) compute36_stage7(.A(inp72),       .B(inp73),    .OUT(compute36_out_stage7), .MODE(mode));
  processing_element #(`DWIDTH,`DWIDTH+`LOGDWIDTH) compute37_stage7(.A(inp74),       .B(inp75),    .OUT(compute37_out_stage7), .MODE(mode));
  processing_element #(`DWIDTH,`DWIDTH+`LOGDWIDTH) compute38_stage7(.A(inp76),       .B(inp77),    .OUT(compute38_out_stage7), .MODE(mode));
  processing_element #(`DWIDTH,`DWIDTH+`LOGDWIDTH) compute39_stage7(.A(inp78),       .B(inp79),    .OUT(compute39_out_stage7), .MODE(mode));
  processing_element #(`DWIDTH,`DWIDTH+`LOGDWIDTH) compute40_stage7(.A(inp80),       .B(inp81),    .OUT(compute40_out_stage7), .MODE(mode));
  processing_element #(`DWIDTH,`DWIDTH+`LOGDWIDTH) compute41_stage7(.A(inp82),       .B(inp83),    .OUT(compute41_out_stage7), .MODE(mode));
  processing_element #(`DWIDTH,`DWIDTH+`LOGDWIDTH) compute42_stage7(.A(inp84),       .B(inp85),    .OUT(compute42_out_stage7), .MODE(mode));
  processing_element #(`DWIDTH,`DWIDTH+`LOGDWIDTH) compute43_stage7(.A(inp86),       .B(inp87),    .OUT(compute43_out_stage7), .MODE(mode));
  processing_element #(`DWIDTH,`DWIDTH+`LOGDWIDTH) compute44_stage7(.A(inp88),       .B(inp89),    .OUT(compute44_out_stage7), .MODE(mode));
  processing_element #(`DWIDTH,`DWIDTH+`LOGDWIDTH) compute45_stage7(.A(inp90),       .B(inp91),    .OUT(compute45_out_stage7), .MODE(mode));
  processing_element #(`DWIDTH,`DWIDTH+`LOGDWIDTH) compute46_stage7(.A(inp92),       .B(inp93),    .OUT(compute46_out_stage7), .MODE(mode));
  processing_element #(`DWIDTH,`DWIDTH+`LOGDWIDTH) compute47_stage7(.A(inp94),       .B(inp95),    .OUT(compute47_out_stage7), .MODE(mode));
  processing_element #(`DWIDTH,`DWIDTH+`LOGDWIDTH) compute48_stage7(.A(inp96),       .B(inp97),    .OUT(compute48_out_stage7), .MODE(mode));
  processing_element #(`DWIDTH,`DWIDTH+`LOGDWIDTH) compute49_stage7(.A(inp98),       .B(inp99),    .OUT(compute49_out_stage7), .MODE(mode));
  processing_element #(`DWIDTH,`DWIDTH+`LOGDWIDTH) compute50_stage7(.A(inp100),       .B(inp101),    .OUT(compute50_out_stage7), .MODE(mode));
  processing_element #(`DWIDTH,`DWIDTH+`LOGDWIDTH) compute51_stage7(.A(inp102),       .B(inp103),    .OUT(compute51_out_stage7), .MODE(mode));
  processing_element #(`DWIDTH,`DWIDTH+`LOGDWIDTH) compute52_stage7(.A(inp104),       .B(inp105),    .OUT(compute52_out_stage7), .MODE(mode));
  processing_element #(`DWIDTH,`DWIDTH+`LOGDWIDTH) compute53_stage7(.A(inp106),       .B(inp107),    .OUT(compute53_out_stage7), .MODE(mode));
  processing_element #(`DWIDTH,`DWIDTH+`LOGDWIDTH) compute54_stage7(.A(inp108),       .B(inp109),    .OUT(compute54_out_stage7), .MODE(mode));
  processing_element #(`DWIDTH,`DWIDTH+`LOGDWIDTH) compute55_stage7(.A(inp110),       .B(inp111),    .OUT(compute55_out_stage7), .MODE(mode));
  processing_element #(`DWIDTH,`DWIDTH+`LOGDWIDTH) compute56_stage7(.A(inp112),       .B(inp113),    .OUT(compute56_out_stage7), .MODE(mode));
  processing_element #(`DWIDTH,`DWIDTH+`LOGDWIDTH) compute57_stage7(.A(inp114),       .B(inp115),    .OUT(compute57_out_stage7), .MODE(mode));
  processing_element #(`DWIDTH,`DWIDTH+`LOGDWIDTH) compute58_stage7(.A(inp116),       .B(inp117),    .OUT(compute58_out_stage7), .MODE(mode));
  processing_element #(`DWIDTH,`DWIDTH+`LOGDWIDTH) compute59_stage7(.A(inp118),       .B(inp119),    .OUT(compute59_out_stage7), .MODE(mode));
  processing_element #(`DWIDTH,`DWIDTH+`LOGDWIDTH) compute60_stage7(.A(inp120),       .B(inp121),    .OUT(compute60_out_stage7), .MODE(mode));
  processing_element #(`DWIDTH,`DWIDTH+`LOGDWIDTH) compute61_stage7(.A(inp122),       .B(inp123),    .OUT(compute61_out_stage7), .MODE(mode));
  processing_element #(`DWIDTH,`DWIDTH+`LOGDWIDTH) compute62_stage7(.A(inp124),       .B(inp125),    .OUT(compute62_out_stage7), .MODE(mode));
  processing_element #(`DWIDTH,`DWIDTH+`LOGDWIDTH) compute63_stage7(.A(inp126),       .B(inp127),    .OUT(compute63_out_stage7), .MODE(mode));

  processing_element #(`DWIDTH+`LOGDWIDTH,`DWIDTH+`LOGDWIDTH) compute0_stage6(.A(compute0_out_stage7_reg),       .B(compute1_out_stage7_reg),    .OUT(compute0_out_stage6), .MODE(mode));
  processing_element #(`DWIDTH+`LOGDWIDTH,`DWIDTH+`LOGDWIDTH) compute1_stage6(.A(compute2_out_stage7_reg),       .B(compute3_out_stage7_reg),    .OUT(compute1_out_stage6), .MODE(mode));
  processing_element #(`DWIDTH+`LOGDWIDTH,`DWIDTH+`LOGDWIDTH) compute2_stage6(.A(compute4_out_stage7_reg),       .B(compute5_out_stage7_reg),    .OUT(compute2_out_stage6), .MODE(mode));
  processing_element #(`DWIDTH+`LOGDWIDTH,`DWIDTH+`LOGDWIDTH) compute3_stage6(.A(compute6_out_stage7_reg),       .B(compute7_out_stage7_reg),    .OUT(compute3_out_stage6), .MODE(mode));
  processing_element #(`DWIDTH+`LOGDWIDTH,`DWIDTH+`LOGDWIDTH) compute4_stage6(.A(compute8_out_stage7_reg),       .B(compute9_out_stage7_reg),    .OUT(compute4_out_stage6), .MODE(mode));
  processing_element #(`DWIDTH+`LOGDWIDTH,`DWIDTH+`LOGDWIDTH) compute5_stage6(.A(compute10_out_stage7_reg),       .B(compute11_out_stage7_reg),    .OUT(compute5_out_stage6), .MODE(mode));
  processing_element #(`DWIDTH+`LOGDWIDTH,`DWIDTH+`LOGDWIDTH) compute6_stage6(.A(compute12_out_stage7_reg),       .B(compute13_out_stage7_reg),    .OUT(compute6_out_stage6), .MODE(mode));
  processing_element #(`DWIDTH+`LOGDWIDTH,`DWIDTH+`LOGDWIDTH) compute7_stage6(.A(compute14_out_stage7_reg),       .B(compute15_out_stage7_reg),    .OUT(compute7_out_stage6), .MODE(mode));
  processing_element #(`DWIDTH+`LOGDWIDTH,`DWIDTH+`LOGDWIDTH) compute8_stage6(.A(compute16_out_stage7_reg),       .B(compute17_out_stage7_reg),    .OUT(compute8_out_stage6), .MODE(mode));
  processing_element #(`DWIDTH+`LOGDWIDTH,`DWIDTH+`LOGDWIDTH) compute9_stage6(.A(compute18_out_stage7_reg),       .B(compute19_out_stage7_reg),    .OUT(compute9_out_stage6), .MODE(mode));
  processing_element #(`DWIDTH+`LOGDWIDTH,`DWIDTH+`LOGDWIDTH) compute10_stage6(.A(compute20_out_stage7_reg),       .B(compute21_out_stage7_reg),    .OUT(compute10_out_stage6), .MODE(mode));
  processing_element #(`DWIDTH+`LOGDWIDTH,`DWIDTH+`LOGDWIDTH) compute11_stage6(.A(compute22_out_stage7_reg),       .B(compute23_out_stage7_reg),    .OUT(compute11_out_stage6), .MODE(mode));
  processing_element #(`DWIDTH+`LOGDWIDTH,`DWIDTH+`LOGDWIDTH) compute12_stage6(.A(compute24_out_stage7_reg),       .B(compute25_out_stage7_reg),    .OUT(compute12_out_stage6), .MODE(mode));
  processing_element #(`DWIDTH+`LOGDWIDTH,`DWIDTH+`LOGDWIDTH) compute13_stage6(.A(compute26_out_stage7_reg),       .B(compute27_out_stage7_reg),    .OUT(compute13_out_stage6), .MODE(mode));
  processing_element #(`DWIDTH+`LOGDWIDTH,`DWIDTH+`LOGDWIDTH) compute14_stage6(.A(compute28_out_stage7_reg),       .B(compute29_out_stage7_reg),    .OUT(compute14_out_stage6), .MODE(mode));
  processing_element #(`DWIDTH+`LOGDWIDTH,`DWIDTH+`LOGDWIDTH) compute15_stage6(.A(compute30_out_stage7_reg),       .B(compute31_out_stage7_reg),    .OUT(compute15_out_stage6), .MODE(mode));
  processing_element #(`DWIDTH+`LOGDWIDTH,`DWIDTH+`LOGDWIDTH) compute16_stage6(.A(compute32_out_stage7_reg),       .B(compute33_out_stage7_reg),    .OUT(compute16_out_stage6), .MODE(mode));
  processing_element #(`DWIDTH+`LOGDWIDTH,`DWIDTH+`LOGDWIDTH) compute17_stage6(.A(compute34_out_stage7_reg),       .B(compute35_out_stage7_reg),    .OUT(compute17_out_stage6), .MODE(mode));
  processing_element #(`DWIDTH+`LOGDWIDTH,`DWIDTH+`LOGDWIDTH) compute18_stage6(.A(compute36_out_stage7_reg),       .B(compute37_out_stage7_reg),    .OUT(compute18_out_stage6), .MODE(mode));
  processing_element #(`DWIDTH+`LOGDWIDTH,`DWIDTH+`LOGDWIDTH) compute19_stage6(.A(compute38_out_stage7_reg),       .B(compute39_out_stage7_reg),    .OUT(compute19_out_stage6), .MODE(mode));
  processing_element #(`DWIDTH+`LOGDWIDTH,`DWIDTH+`LOGDWIDTH) compute20_stage6(.A(compute40_out_stage7_reg),       .B(compute41_out_stage7_reg),    .OUT(compute20_out_stage6), .MODE(mode));
  processing_element #(`DWIDTH+`LOGDWIDTH,`DWIDTH+`LOGDWIDTH) compute21_stage6(.A(compute42_out_stage7_reg),       .B(compute43_out_stage7_reg),    .OUT(compute21_out_stage6), .MODE(mode));
  processing_element #(`DWIDTH+`LOGDWIDTH,`DWIDTH+`LOGDWIDTH) compute22_stage6(.A(compute44_out_stage7_reg),       .B(compute45_out_stage7_reg),    .OUT(compute22_out_stage6), .MODE(mode));
  processing_element #(`DWIDTH+`LOGDWIDTH,`DWIDTH+`LOGDWIDTH) compute23_stage6(.A(compute46_out_stage7_reg),       .B(compute47_out_stage7_reg),    .OUT(compute23_out_stage6), .MODE(mode));
  processing_element #(`DWIDTH+`LOGDWIDTH,`DWIDTH+`LOGDWIDTH) compute24_stage6(.A(compute48_out_stage7_reg),       .B(compute49_out_stage7_reg),    .OUT(compute24_out_stage6), .MODE(mode));
  processing_element #(`DWIDTH+`LOGDWIDTH,`DWIDTH+`LOGDWIDTH) compute25_stage6(.A(compute50_out_stage7_reg),       .B(compute51_out_stage7_reg),    .OUT(compute25_out_stage6), .MODE(mode));
  processing_element #(`DWIDTH+`LOGDWIDTH,`DWIDTH+`LOGDWIDTH) compute26_stage6(.A(compute52_out_stage7_reg),       .B(compute53_out_stage7_reg),    .OUT(compute26_out_stage6), .MODE(mode));
  processing_element #(`DWIDTH+`LOGDWIDTH,`DWIDTH+`LOGDWIDTH) compute27_stage6(.A(compute54_out_stage7_reg),       .B(compute55_out_stage7_reg),    .OUT(compute27_out_stage6), .MODE(mode));
  processing_element #(`DWIDTH+`LOGDWIDTH,`DWIDTH+`LOGDWIDTH) compute28_stage6(.A(compute56_out_stage7_reg),       .B(compute57_out_stage7_reg),    .OUT(compute28_out_stage6), .MODE(mode));
  processing_element #(`DWIDTH+`LOGDWIDTH,`DWIDTH+`LOGDWIDTH) compute29_stage6(.A(compute58_out_stage7_reg),       .B(compute59_out_stage7_reg),    .OUT(compute29_out_stage6), .MODE(mode));
  processing_element #(`DWIDTH+`LOGDWIDTH,`DWIDTH+`LOGDWIDTH) compute30_stage6(.A(compute60_out_stage7_reg),       .B(compute61_out_stage7_reg),    .OUT(compute30_out_stage6), .MODE(mode));
  processing_element #(`DWIDTH+`LOGDWIDTH,`DWIDTH+`LOGDWIDTH) compute31_stage6(.A(compute62_out_stage7_reg),       .B(compute63_out_stage7_reg),    .OUT(compute31_out_stage6), .MODE(mode));

  processing_element #(`DWIDTH+`LOGDWIDTH,`DWIDTH+`LOGDWIDTH) compute0_stage5(.A(compute0_out_stage6_reg),       .B(compute1_out_stage6_reg),    .OUT(compute0_out_stage5), .MODE(mode));
  processing_element #(`DWIDTH+`LOGDWIDTH,`DWIDTH+`LOGDWIDTH) compute1_stage5(.A(compute2_out_stage6_reg),       .B(compute3_out_stage6_reg),    .OUT(compute1_out_stage5), .MODE(mode));
  processing_element #(`DWIDTH+`LOGDWIDTH,`DWIDTH+`LOGDWIDTH) compute2_stage5(.A(compute4_out_stage6_reg),       .B(compute5_out_stage6_reg),    .OUT(compute2_out_stage5), .MODE(mode));
  processing_element #(`DWIDTH+`LOGDWIDTH,`DWIDTH+`LOGDWIDTH) compute3_stage5(.A(compute6_out_stage6_reg),       .B(compute7_out_stage6_reg),    .OUT(compute3_out_stage5), .MODE(mode));
  processing_element #(`DWIDTH+`LOGDWIDTH,`DWIDTH+`LOGDWIDTH) compute4_stage5(.A(compute8_out_stage6_reg),       .B(compute9_out_stage6_reg),    .OUT(compute4_out_stage5), .MODE(mode));
  processing_element #(`DWIDTH+`LOGDWIDTH,`DWIDTH+`LOGDWIDTH) compute5_stage5(.A(compute10_out_stage6_reg),       .B(compute11_out_stage6_reg),    .OUT(compute5_out_stage5), .MODE(mode));
  processing_element #(`DWIDTH+`LOGDWIDTH,`DWIDTH+`LOGDWIDTH) compute6_stage5(.A(compute12_out_stage6_reg),       .B(compute13_out_stage6_reg),    .OUT(compute6_out_stage5), .MODE(mode));
  processing_element #(`DWIDTH+`LOGDWIDTH,`DWIDTH+`LOGDWIDTH) compute7_stage5(.A(compute14_out_stage6_reg),       .B(compute15_out_stage6_reg),    .OUT(compute7_out_stage5), .MODE(mode));
  processing_element #(`DWIDTH+`LOGDWIDTH,`DWIDTH+`LOGDWIDTH) compute8_stage5(.A(compute16_out_stage6_reg),       .B(compute17_out_stage6_reg),    .OUT(compute8_out_stage5), .MODE(mode));
  processing_element #(`DWIDTH+`LOGDWIDTH,`DWIDTH+`LOGDWIDTH) compute9_stage5(.A(compute18_out_stage6_reg),       .B(compute19_out_stage6_reg),    .OUT(compute9_out_stage5), .MODE(mode));
  processing_element #(`DWIDTH+`LOGDWIDTH,`DWIDTH+`LOGDWIDTH) compute10_stage5(.A(compute20_out_stage6_reg),       .B(compute21_out_stage6_reg),    .OUT(compute10_out_stage5), .MODE(mode));
  processing_element #(`DWIDTH+`LOGDWIDTH,`DWIDTH+`LOGDWIDTH) compute11_stage5(.A(compute22_out_stage6_reg),       .B(compute23_out_stage6_reg),    .OUT(compute11_out_stage5), .MODE(mode));
  processing_element #(`DWIDTH+`LOGDWIDTH,`DWIDTH+`LOGDWIDTH) compute12_stage5(.A(compute24_out_stage6_reg),       .B(compute25_out_stage6_reg),    .OUT(compute12_out_stage5), .MODE(mode));
  processing_element #(`DWIDTH+`LOGDWIDTH,`DWIDTH+`LOGDWIDTH) compute13_stage5(.A(compute26_out_stage6_reg),       .B(compute27_out_stage6_reg),    .OUT(compute13_out_stage5), .MODE(mode));
  processing_element #(`DWIDTH+`LOGDWIDTH,`DWIDTH+`LOGDWIDTH) compute14_stage5(.A(compute28_out_stage6_reg),       .B(compute29_out_stage6_reg),    .OUT(compute14_out_stage5), .MODE(mode));
  processing_element #(`DWIDTH+`LOGDWIDTH,`DWIDTH+`LOGDWIDTH) compute15_stage5(.A(compute30_out_stage6_reg),       .B(compute31_out_stage6_reg),    .OUT(compute15_out_stage5), .MODE(mode));

  processing_element #(`DWIDTH+`LOGDWIDTH,`DWIDTH+`LOGDWIDTH) compute0_stage4(.A(compute0_out_stage5_reg),       .B(compute1_out_stage5_reg),    .OUT(compute0_out_stage4), .MODE(mode));
  processing_element #(`DWIDTH+`LOGDWIDTH,`DWIDTH+`LOGDWIDTH) compute1_stage4(.A(compute2_out_stage5_reg),       .B(compute3_out_stage5_reg),    .OUT(compute1_out_stage4), .MODE(mode));
  processing_element #(`DWIDTH+`LOGDWIDTH,`DWIDTH+`LOGDWIDTH) compute2_stage4(.A(compute4_out_stage5_reg),       .B(compute5_out_stage5_reg),    .OUT(compute2_out_stage4), .MODE(mode));
  processing_element #(`DWIDTH+`LOGDWIDTH,`DWIDTH+`LOGDWIDTH) compute3_stage4(.A(compute6_out_stage5_reg),       .B(compute7_out_stage5_reg),    .OUT(compute3_out_stage4), .MODE(mode));
  processing_element #(`DWIDTH+`LOGDWIDTH,`DWIDTH+`LOGDWIDTH) compute4_stage4(.A(compute8_out_stage5_reg),       .B(compute9_out_stage5_reg),    .OUT(compute4_out_stage4), .MODE(mode));
  processing_element #(`DWIDTH+`LOGDWIDTH,`DWIDTH+`LOGDWIDTH) compute5_stage4(.A(compute10_out_stage5_reg),       .B(compute11_out_stage5_reg),    .OUT(compute5_out_stage4), .MODE(mode));
  processing_element #(`DWIDTH+`LOGDWIDTH,`DWIDTH+`LOGDWIDTH) compute6_stage4(.A(compute12_out_stage5_reg),       .B(compute13_out_stage5_reg),    .OUT(compute6_out_stage4), .MODE(mode));
  processing_element #(`DWIDTH+`LOGDWIDTH,`DWIDTH+`LOGDWIDTH) compute7_stage4(.A(compute14_out_stage5_reg),       .B(compute15_out_stage5_reg),    .OUT(compute7_out_stage4), .MODE(mode));

  processing_element #(`DWIDTH+`LOGDWIDTH,`DWIDTH+`LOGDWIDTH) compute0_stage3(.A(compute0_out_stage4_reg),       .B(compute1_out_stage4_reg),    .OUT(compute0_out_stage3), .MODE(mode));
  processing_element #(`DWIDTH+`LOGDWIDTH,`DWIDTH+`LOGDWIDTH) compute1_stage3(.A(compute2_out_stage4_reg),       .B(compute3_out_stage4_reg),    .OUT(compute1_out_stage3), .MODE(mode));
  processing_element #(`DWIDTH+`LOGDWIDTH,`DWIDTH+`LOGDWIDTH) compute2_stage3(.A(compute4_out_stage4_reg),       .B(compute5_out_stage4_reg),    .OUT(compute2_out_stage3), .MODE(mode));
  processing_element #(`DWIDTH+`LOGDWIDTH,`DWIDTH+`LOGDWIDTH) compute3_stage3(.A(compute6_out_stage4_reg),       .B(compute7_out_stage4_reg),    .OUT(compute3_out_stage3), .MODE(mode));

  processing_element #(`DWIDTH+`LOGDWIDTH,`DWIDTH+`LOGDWIDTH) compute0_stage2(.A(compute0_out_stage3_reg),       .B(compute1_out_stage3_reg),    .OUT(compute0_out_stage2), .MODE(mode));
  processing_element #(`DWIDTH+`LOGDWIDTH,`DWIDTH+`LOGDWIDTH) compute1_stage2(.A(compute2_out_stage3_reg),       .B(compute3_out_stage3_reg),    .OUT(compute1_out_stage2), .MODE(mode));

  processing_element #(`DWIDTH+`LOGDWIDTH,`DWIDTH+`LOGDWIDTH) compute0_stage1(.A(compute0_out_stage2_reg),       .B(compute1_out_stage2_reg),    .OUT(compute0_out_stage1), .MODE(mode));

  processing_element #(`DWIDTH+`LOGDWIDTH,`DWIDTH+`LOGDWIDTH) compute0_stage0(.A(outp),       .B(compute0_out_stage1_reg),     .OUT(compute0_out_stage0), .MODE(mode));

endmodule
module processing_element(
  A, B, OUT, MODE
);
parameter IN_DWIDTH = 16;
parameter OUT_DWIDTH = 4;
input [IN_DWIDTH-1:0] A;
input [IN_DWIDTH-1:0] B;
output [OUT_DWIDTH-1:0] OUT;
input [1:0] MODE;

wire [OUT_DWIDTH-1:0] greater;
wire [OUT_DWIDTH-1:0] smaller;
wire [OUT_DWIDTH-1:0] sum;

assign greater = (A>B) ? A : B;
assign smaller = (A<B) ? A : B;
assign sum = A + B;

assign OUT = (MODE==0) ? sum : 
             (MODE==1) ? greater :
             smaller;

endmodule